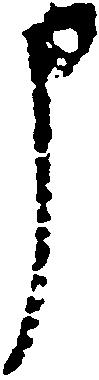
申